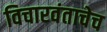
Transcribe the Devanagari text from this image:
विचारवंताचेच